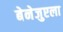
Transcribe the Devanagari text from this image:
बेनेजुएला